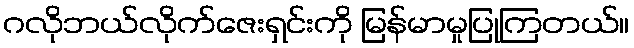
ဂလိုဘယ်လိုက်ဇေးရှင်းကို မြန်မာမှုပြုကြတယ်။